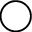
\bigcirc